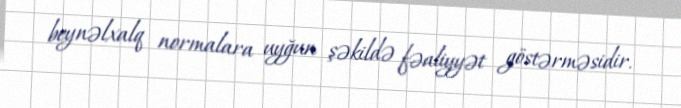
beynəlxalq normalara uyğun şəkildə fəaliyyət göstərməsidir.